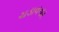
ચડાવનાર